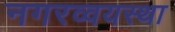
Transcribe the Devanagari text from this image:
नगरव्वयस्था